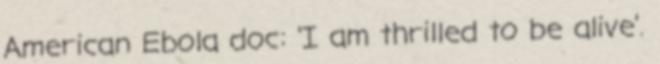
American Ebola doc: 'I am thrilled to be alive'.